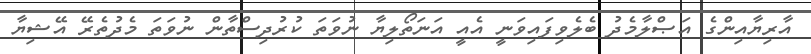
އާރިޔާއިންގެ އަޞްލާމެދު ބެލެވިފައިވަނީ އެއީ އަނަތޯލިޔާ ނުވަތަ ކުރުދިސްތާން ނުވަތަ މެދުތެރޭ އޭޝިޔާ